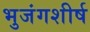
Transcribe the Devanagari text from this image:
भुजंगशीर्ष